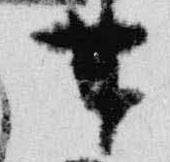
甘